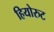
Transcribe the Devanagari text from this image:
हियोरुट